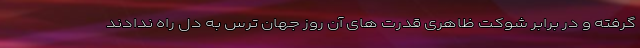
گرفته و در برابر شوکت ظاهری قدرت های آن روز جهان ترس به دل راه ندادند